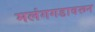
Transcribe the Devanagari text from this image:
मलंगगडावरून